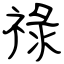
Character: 祿